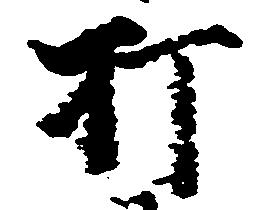
打